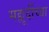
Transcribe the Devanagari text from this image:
मह्मूदींच्या